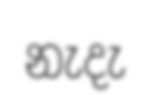
නැදැ